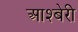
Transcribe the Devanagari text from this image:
आश्बेरी